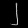
Digit: ၂